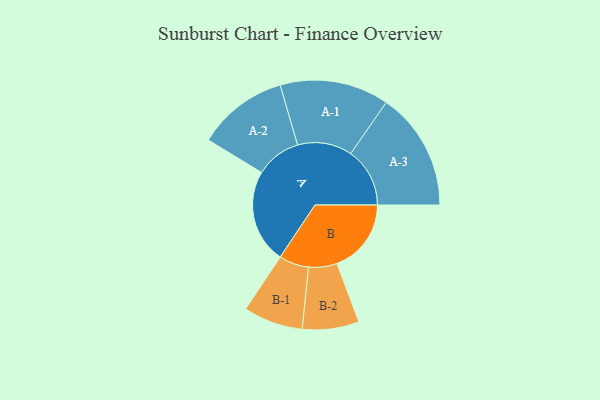
{"axis": {"x": "Segment", "y": "Value"}, "legend": ["", "A", "B"], "data": [{"x": "A", "y": 390, "type": ""}, {"x": "B", "y": 309, "type": ""}, {"x": "A-1", "y": 227, "type": "A"}, {"x": "A-2", "y": 189, "type": "A"}, {"x": "A-3", "y": 246, "type": "A"}, {"x": "B-1", "y": 124, "type": "B"}, {"x": "B-2", "y": 118, "type": "B"}]}